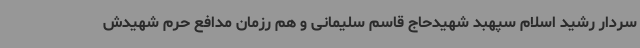
سردار رشید اسلام سپهبد شهیدحاج قاسم سلیمانی و هم رزمان مدافع حرم شهیدش